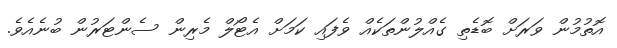
އޮތުމުން ވަރަށް ބޮޑެތި ގެއްލުންތަކެއް ވެފައި ކަމަށް އެޓޯލް މެރިން ސެންޓަރުން ބުނެއެވެ.